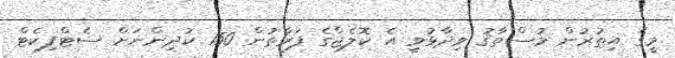
މީގެ އިތުރުން މުސްތާޤު ވިދާޅުވީ އެ ކޮލެޖްގެ ފަރާތުން 150 ކުދިންނަށް ސެޓްފިކެޓް